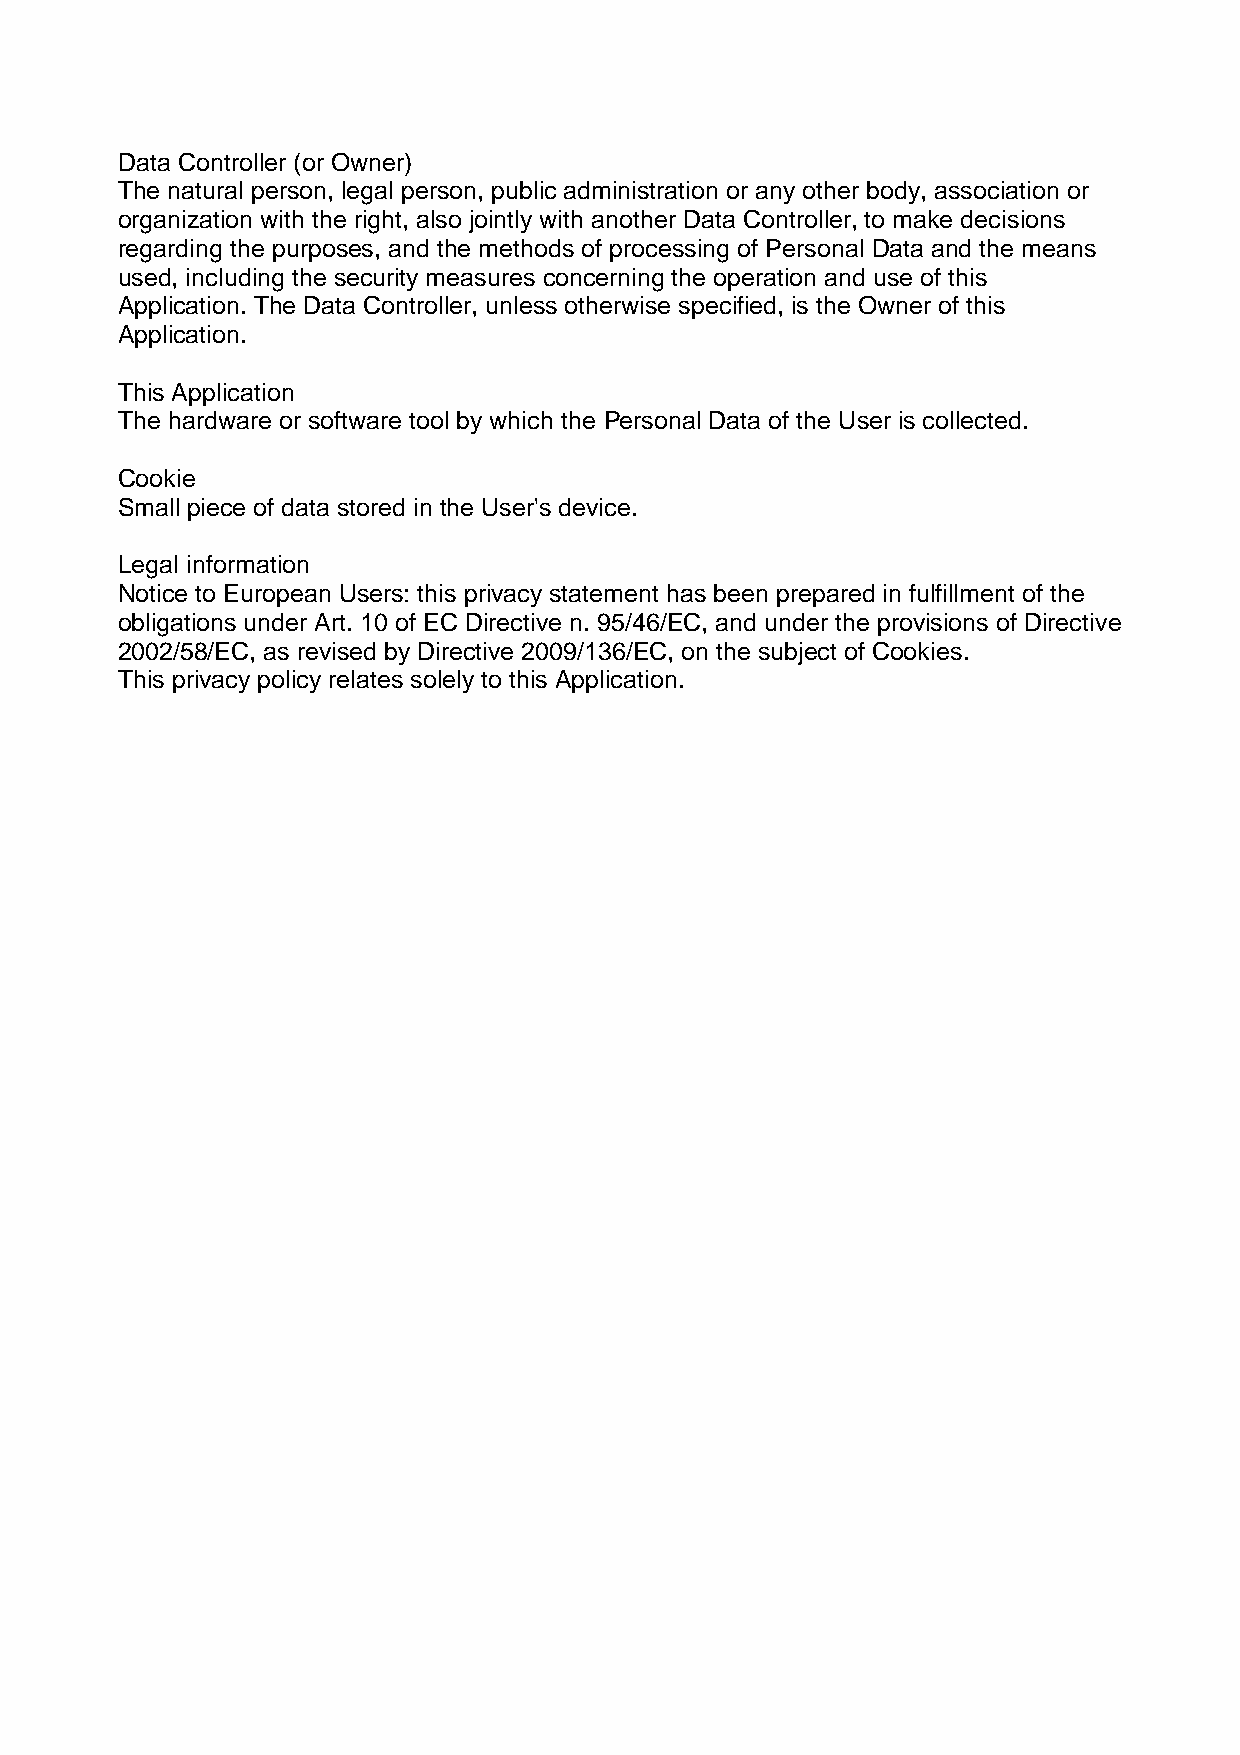
Data Controller (or Owner)
 The natural person, legal person, public administration or any other body, association or
 organization with the right, also jointly with another Data Controller, to make decisions
 regarding the purposes, and the methods of processing of Personal Data and the means
 used, including the security measures concerning the operation and use of this
 Application. The Data Controller, unless otherwise specified, is the Owner of this
 Application.
 This Application
 The hardware or software tool by which the Personal Data of the User is collected.
 Cookie
 Small piece of data stored in the User's device.
 Legal information
 Notice to European Users: this privacy statement has been prepared in fulfillment of the
 obligations under Art. 10 of EC Directive n. 95/46/EC, and under the provisions of Directive
 2002/58/EC, as revised by Directive 2009/136/EC, on the subject of Cookies.
 This privacy policy relates solely to this Application.